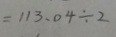
= 1 1 3 . 0 4 \div 2